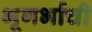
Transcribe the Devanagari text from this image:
भूगर्भाची